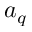
a _ { q }